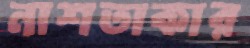
নাশতাকার